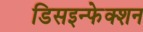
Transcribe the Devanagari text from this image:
डिसइन्फेक्शन